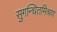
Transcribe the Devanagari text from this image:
सुगन्धितमिश्रण